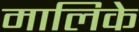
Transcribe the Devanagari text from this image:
मालिके